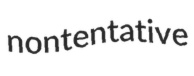
nontentative